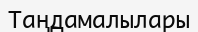
Таңдамалылары